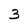
Character: 3